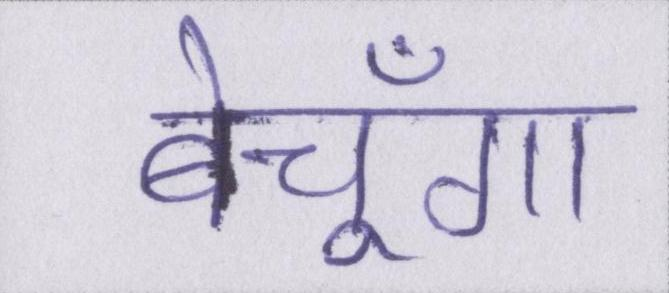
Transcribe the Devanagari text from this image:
बेचूँगा